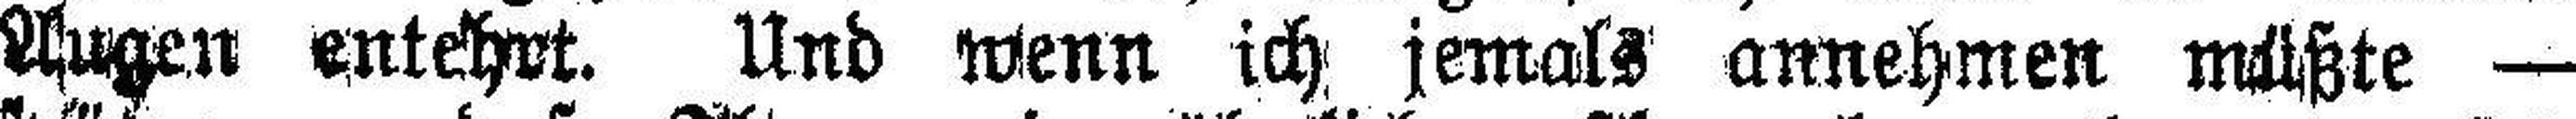
Augen entehrt. Und Wenn ich jemals annehmen müßte —